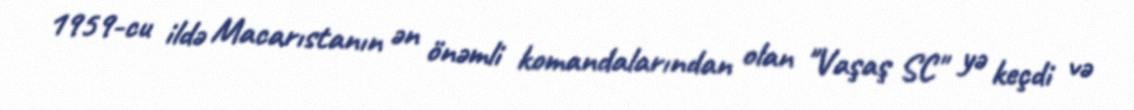
1959-cu ildə Macarıstanın ən önəmli komandalarından olan "Vaşaş SC" yə keçdi və